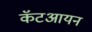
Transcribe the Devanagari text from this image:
कॅटआयन